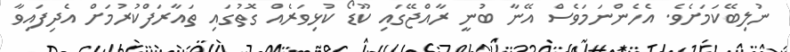
ނުލިބޭކަމަށެވެ. އެހެންނަމަވެސް އޭނާ ބުނީ ރާއްޖޭގައި ކޫޑޯ ކުޅިވަރެއް ގޮތުގައި ތައާރަފްކުރުމަށް އެދިފައިވާ